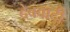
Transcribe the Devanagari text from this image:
देववादी